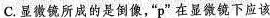
C.显微镜所成的是倒像，”p”在显微镜下应该